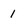
Character: 1